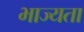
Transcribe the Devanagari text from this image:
भाज्यता